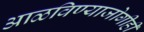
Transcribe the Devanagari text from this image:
आळविण्याजोगीही